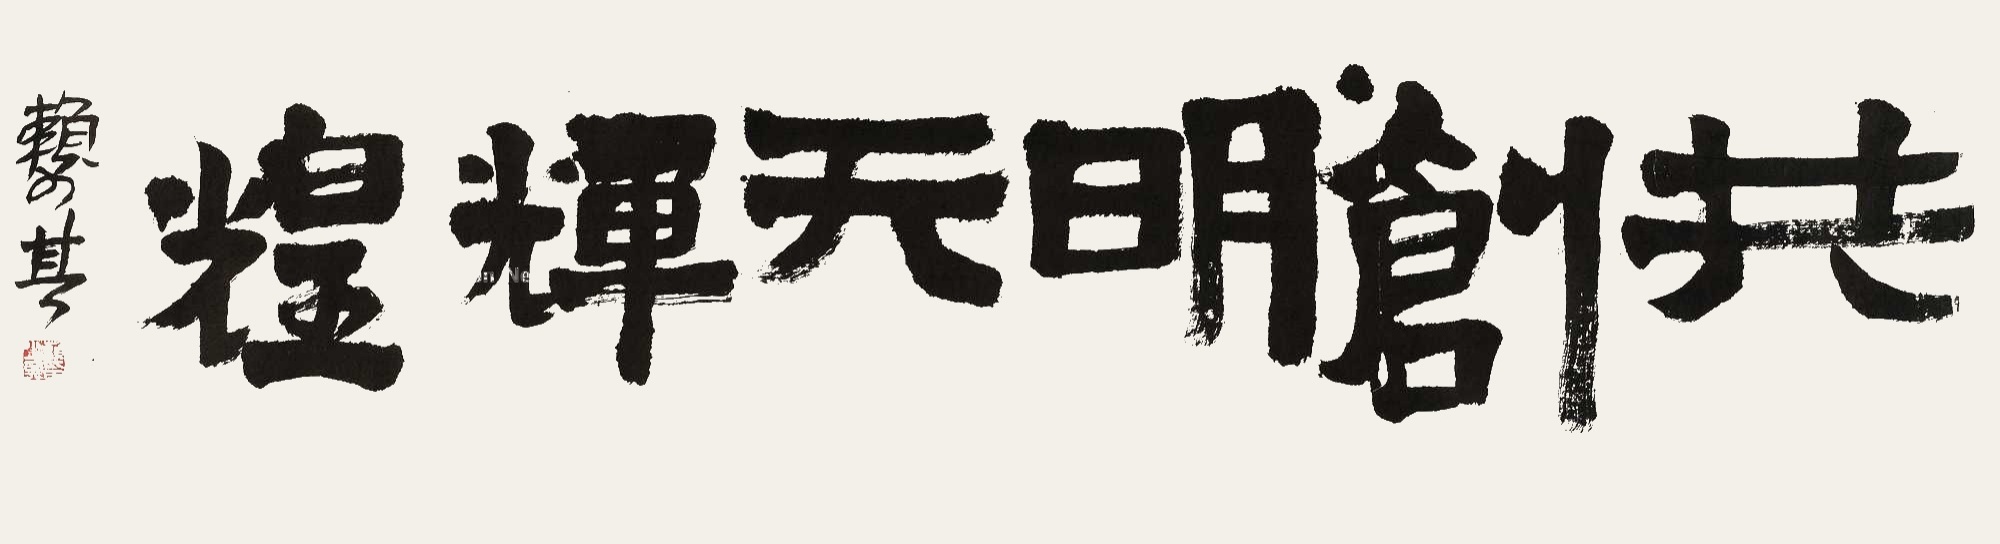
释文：共创明天辉煌。赖少其。